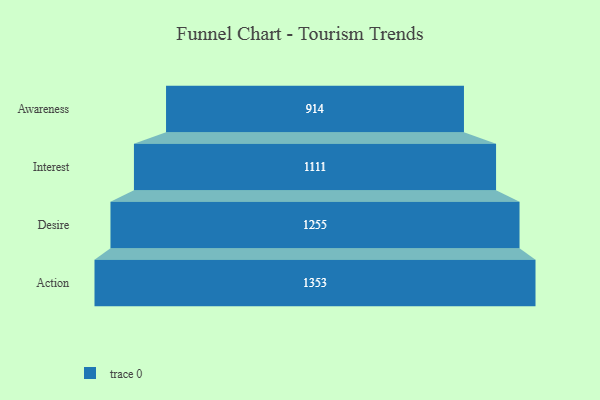
{"axis": {"x": "Stage", "y": "Value"}, "legend": [""], "data": [{"x": "Awareness", "y": 914.0, "type": ""}, {"x": "Interest", "y": 1111.0, "type": ""}, {"x": "Desire", "y": 1255.0, "type": ""}, {"x": "Action", "y": 1353.0, "type": ""}]}